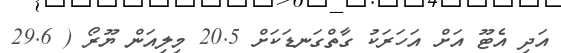
އަދި އެޓޫ އަށް އަހަރަކު ގާތްގަނޑަކަށް 20.5 މިލިއަން ޔޫރޯ ( 29.6